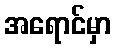
အရောင်မှာ